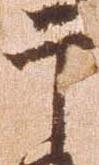
于